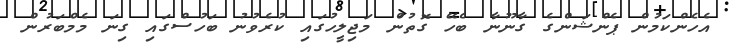
އެހެންކަމުން ޕެންޝަންގެ ގާނޫނާ ބެހޭ ގޮތުން މަޖިލީހުގައި ކުރެވުނު ބަހުސްގައި ގިނަ މެމްބަރުން